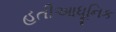
હતીઆધૂનિક